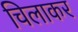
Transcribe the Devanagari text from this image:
चिलाकर